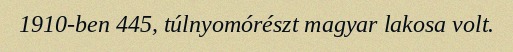
1910-ben 445, túlnyomórészt magyar lakosa volt.